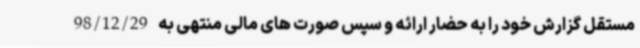
مستقل گزارش خود را به حضار ارائه و سپس صورت های مالی منتهی به 98/12/29